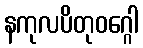
နကုလပိတုဝဂ္ဂေါ